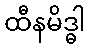
ထီနမိဒ္ဓါ